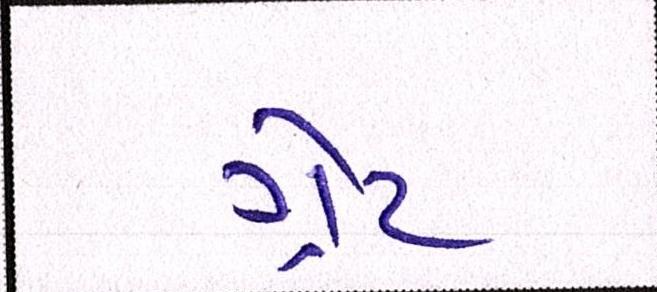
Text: ગ્રેટ